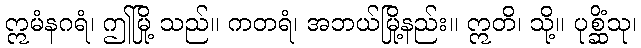
ဣမံနဂရံ၊ ဤမြို့ သည်။ ကတရံ၊ အဘယ်မြို့နည်း။ ဣတိ၊ သို့။ ပုစ္ဆိံသု၊